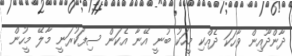
ދާންދޫއިން ވާހަކަ ދެއްކި މީހަކު ބުނީ އޭނާ އެކަން ސިފަކުރަނީ މާލޭ މީހުން